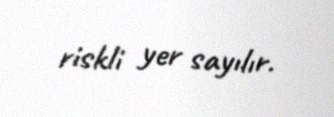
riskli yer sayılır.